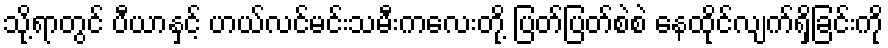
သို့ရာတွင် ပီယာနှင့် ဟယ်လင်မင်းသမီးကလေးတို့ ပြတ်ပြတ်စဲစဲ နေထိုင်လျက်ရှိခြင်းကို